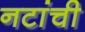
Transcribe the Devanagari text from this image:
नटांची